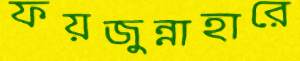
ফয়জুন্নাহারে